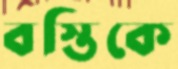
বস্তিকে